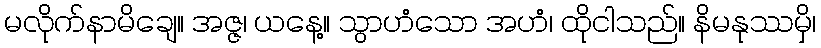
မလိုက်နာမိချေ။ အဇ္ဇ၊ ယနေ့။ သွာဟံသော အဟံ၊ ထိုငါသည်။ နိမနုဿမှိ၊